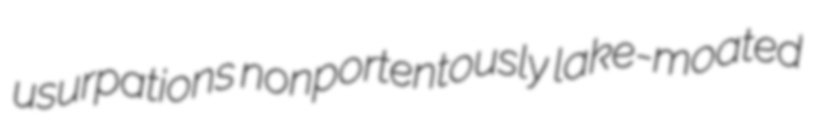
usurpations nonportentously lake-moated